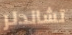
تشاندلر